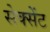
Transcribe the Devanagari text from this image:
सेक्सेंट